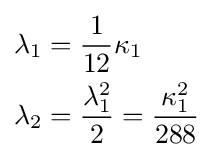
{\begin{aligned}\lambda _{1}&={\frac {1}{12}}\kappa _{1}\\\lambda _{2}&={\frac {\lambda _{1}^{2}}{2}}={\frac {\kappa _{1}^{2}}{288}}\end{aligned}}